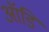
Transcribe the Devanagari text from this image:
ऑडि